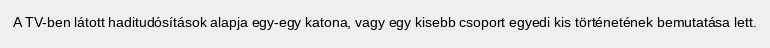
A TV-ben látott haditudósítások alapja egy-egy katona, vagy egy kisebb csoport egyedi kis történetének bemutatása lett.